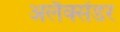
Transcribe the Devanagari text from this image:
अलैक्सेंडर